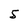
Character: 5